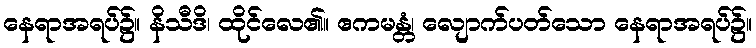
နေရာအရပ်၌။ နိသီဒိ၊ ထိုင်လေ၏။ ဧကမန္တံ၊ လျောက်ပတ်သော နေရာအရပ်၌။